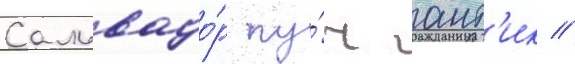
Сальвадо́р пу́ч ант'ик //